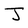
Character: J